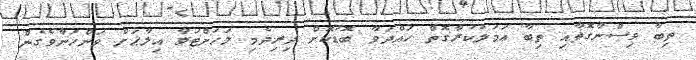
ތިބާ ވިސްނާގޮތާއި ތިބާ ޢަމަލުކުރާގޮތް ހައްދަވާ ބޮޑުކޮށް ދިރިދެމި ލަހަށްޓަވާ އިލާޙަށް ވަންހަނާވެގެން